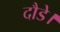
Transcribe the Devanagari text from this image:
दौडे।